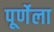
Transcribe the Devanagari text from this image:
पूर्णेला